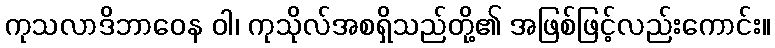
ကုသလာဒိဘာဝေန ဝါ၊ ကုသိုလ်အစရှိသည်တို့၏ အဖြစ်ဖြင့်လည်းကောင်း။